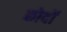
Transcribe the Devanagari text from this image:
छोदों